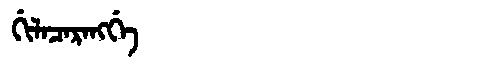
Manchu: ᡤᡳᠯᠠᠴᠠᡵᠠᠩᡤᡝ
Romanization: GILACARANGGE